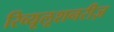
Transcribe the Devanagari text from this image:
रिव्यूलूशनरीज़